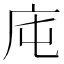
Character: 庉